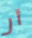
أر